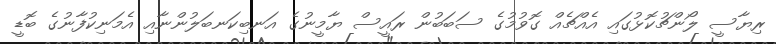
ރިޔާސީ ލޯންޗުކޮޅުގައި އެއްޗެއް ގޮވުމުގެ ސަބަބުން ރައީސް ޔާމީނުގެ އަނބިކަނބަލުންނާއި އެމަނިކުފާނުގެ ބޮޑީ